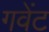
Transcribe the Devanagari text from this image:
गवेंट